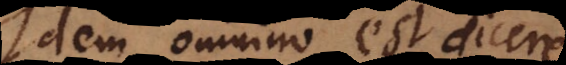
Idem omnino est dicere